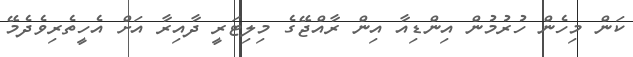
ކަން މިހެން ހުރުމުން އިންޑިއާ އިން ރާއްޖޭގެ މިލިޓަރީ ދާއިރާ އަށް އެހީތެރިވެދެމޭ